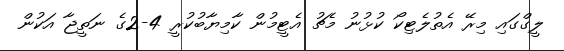
ލީގްގައި މިރޭ އެތުލެޓިކޯ ކުޅުނު މެޗު އެޓީމުން ކާމިޔާބުކުރީ 4-2ގެ ނަތީޖާ އަކުން